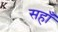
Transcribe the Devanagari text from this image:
सहाँ